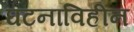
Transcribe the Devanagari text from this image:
घटनाविहीन